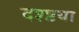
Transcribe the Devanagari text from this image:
दश्ष्टया